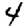
Digit: 4